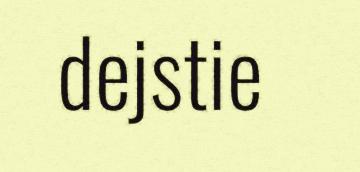
dejstie